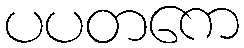
ပပတကေ